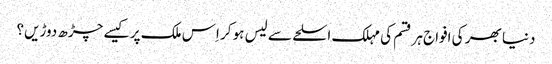
دنیا بھر کی افواج ہر قسم کی مہلک اسلحے سے لیس ہو کر اِس ملک پر کیسے چڑھ دوڑیں؟